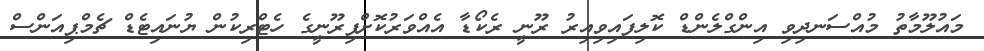
މައުލޫމާތު މުއްސަނދިވި އިންގްލެންޑް ކޮލިފައިވިއިރު ރޫނީ ރެކޯޑާ އެއްވަރުކޮށްފިރޫނީގެ ހެޓްރިކުން ޔުނައިޓެޑް ޗެމްޕިއަންސް